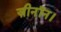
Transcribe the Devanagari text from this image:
ज़ीनॉन।